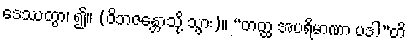
ဒေဿတွာ၊ ၍။ (ဝိဘဇန္တောသို့ သွား)။ “တတ္ထ အပရိမာဏာ ပဒါ”တိ